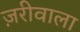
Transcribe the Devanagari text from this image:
ज़रीवाला